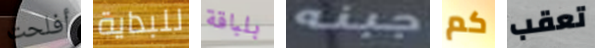
أفلحت للبداية بلباقة جبنه كم تعقب